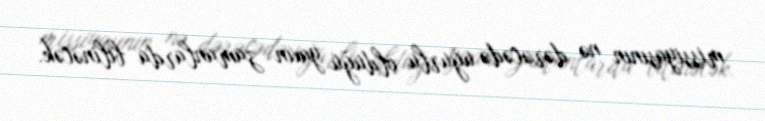
missiyasının nə dərəcədə uğurlu olduğu yaxın zamanlarda bilinəcək.